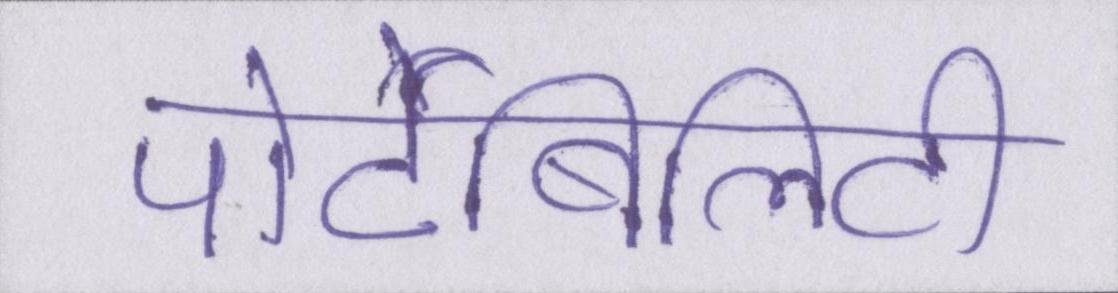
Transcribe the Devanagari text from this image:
पोर्टेबिलिटी